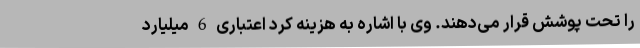
را تحت پوشش قرار می‌دهند. وی با اشاره به هزینه کرد اعتباری 6 میلیارد